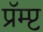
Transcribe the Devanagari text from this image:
प्रॅम्प्ट